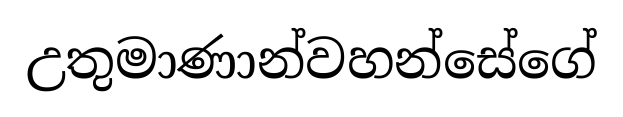
උතුමාණාන්වහන්සේගේ